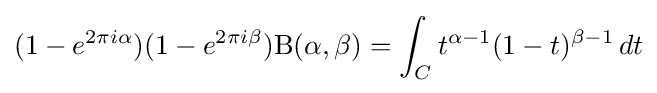
\displaystyle (1-e^{2\pi i\alpha })(1-e^{2\pi i\beta })\mathrm {B} (\alpha ,\beta )=\int _{C}t^{\alpha -1}(1-t)^{\beta -1}\,dt